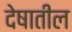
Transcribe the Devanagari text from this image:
देषातील